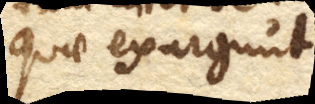
quae exurgunt. +)